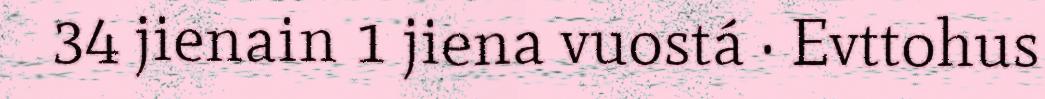
34 jienain 1 jiena vuostá · Evttohus